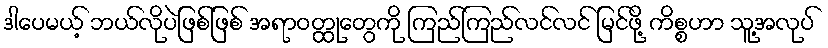
ဒါပေမယ့် ဘယ်လိုပဲဖြစ်ဖြစ် အရာဝတ္ထုတွေကို ကြည်ကြည်လင်လင် မြင်ဖို့ ကိစ္စဟာ သူ့အလုပ်